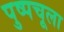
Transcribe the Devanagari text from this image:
पुष्पचूला